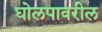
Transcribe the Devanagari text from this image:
घोलपावरील